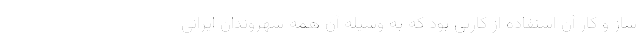
ساز و کار آن استفاده از کارتی بود که به وسیله آن همه شهروندان ایرانی